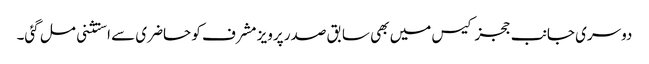
دوسری جانب ججز کیس میں بھی سابق صدر پرویز مشرف کو حاضری سے استثنی مل گئی۔